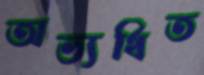
অভ্যর্থিত